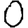
Digit: 0